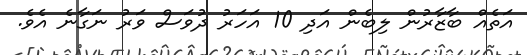
އަތެއް ބާޒާރުން ލިބެން އަދި 10 އަހަރު ދުވަސް ވަރު ނަގާނެ އެވެ.